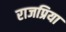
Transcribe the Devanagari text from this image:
राजप्रिया